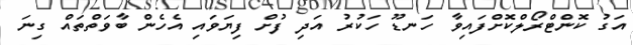
އަގު ކޮންޓްރޯލްކޮށްފައިވާ ހަނޑޫ ހަކުރު އަދި ފުށް ފިޔަވައި އެހެން ބާވަތްތައް ގިނަ